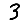
Digit: 3